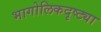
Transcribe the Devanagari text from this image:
भागोलिकदृष्ट्या